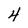
Character: 4